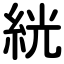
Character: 絖